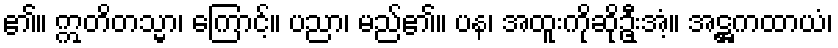
၏။ ဣတိတသ္မာ၊ ကြောင့်။ ပညာ၊ မည်၏။ ပန၊ အထူးကိုဆိုဦးုအံ့။ အဋ္ဌကထာယံ၊